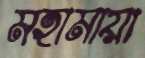
মহামায়া